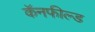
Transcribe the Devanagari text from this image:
कॅनफील्ड